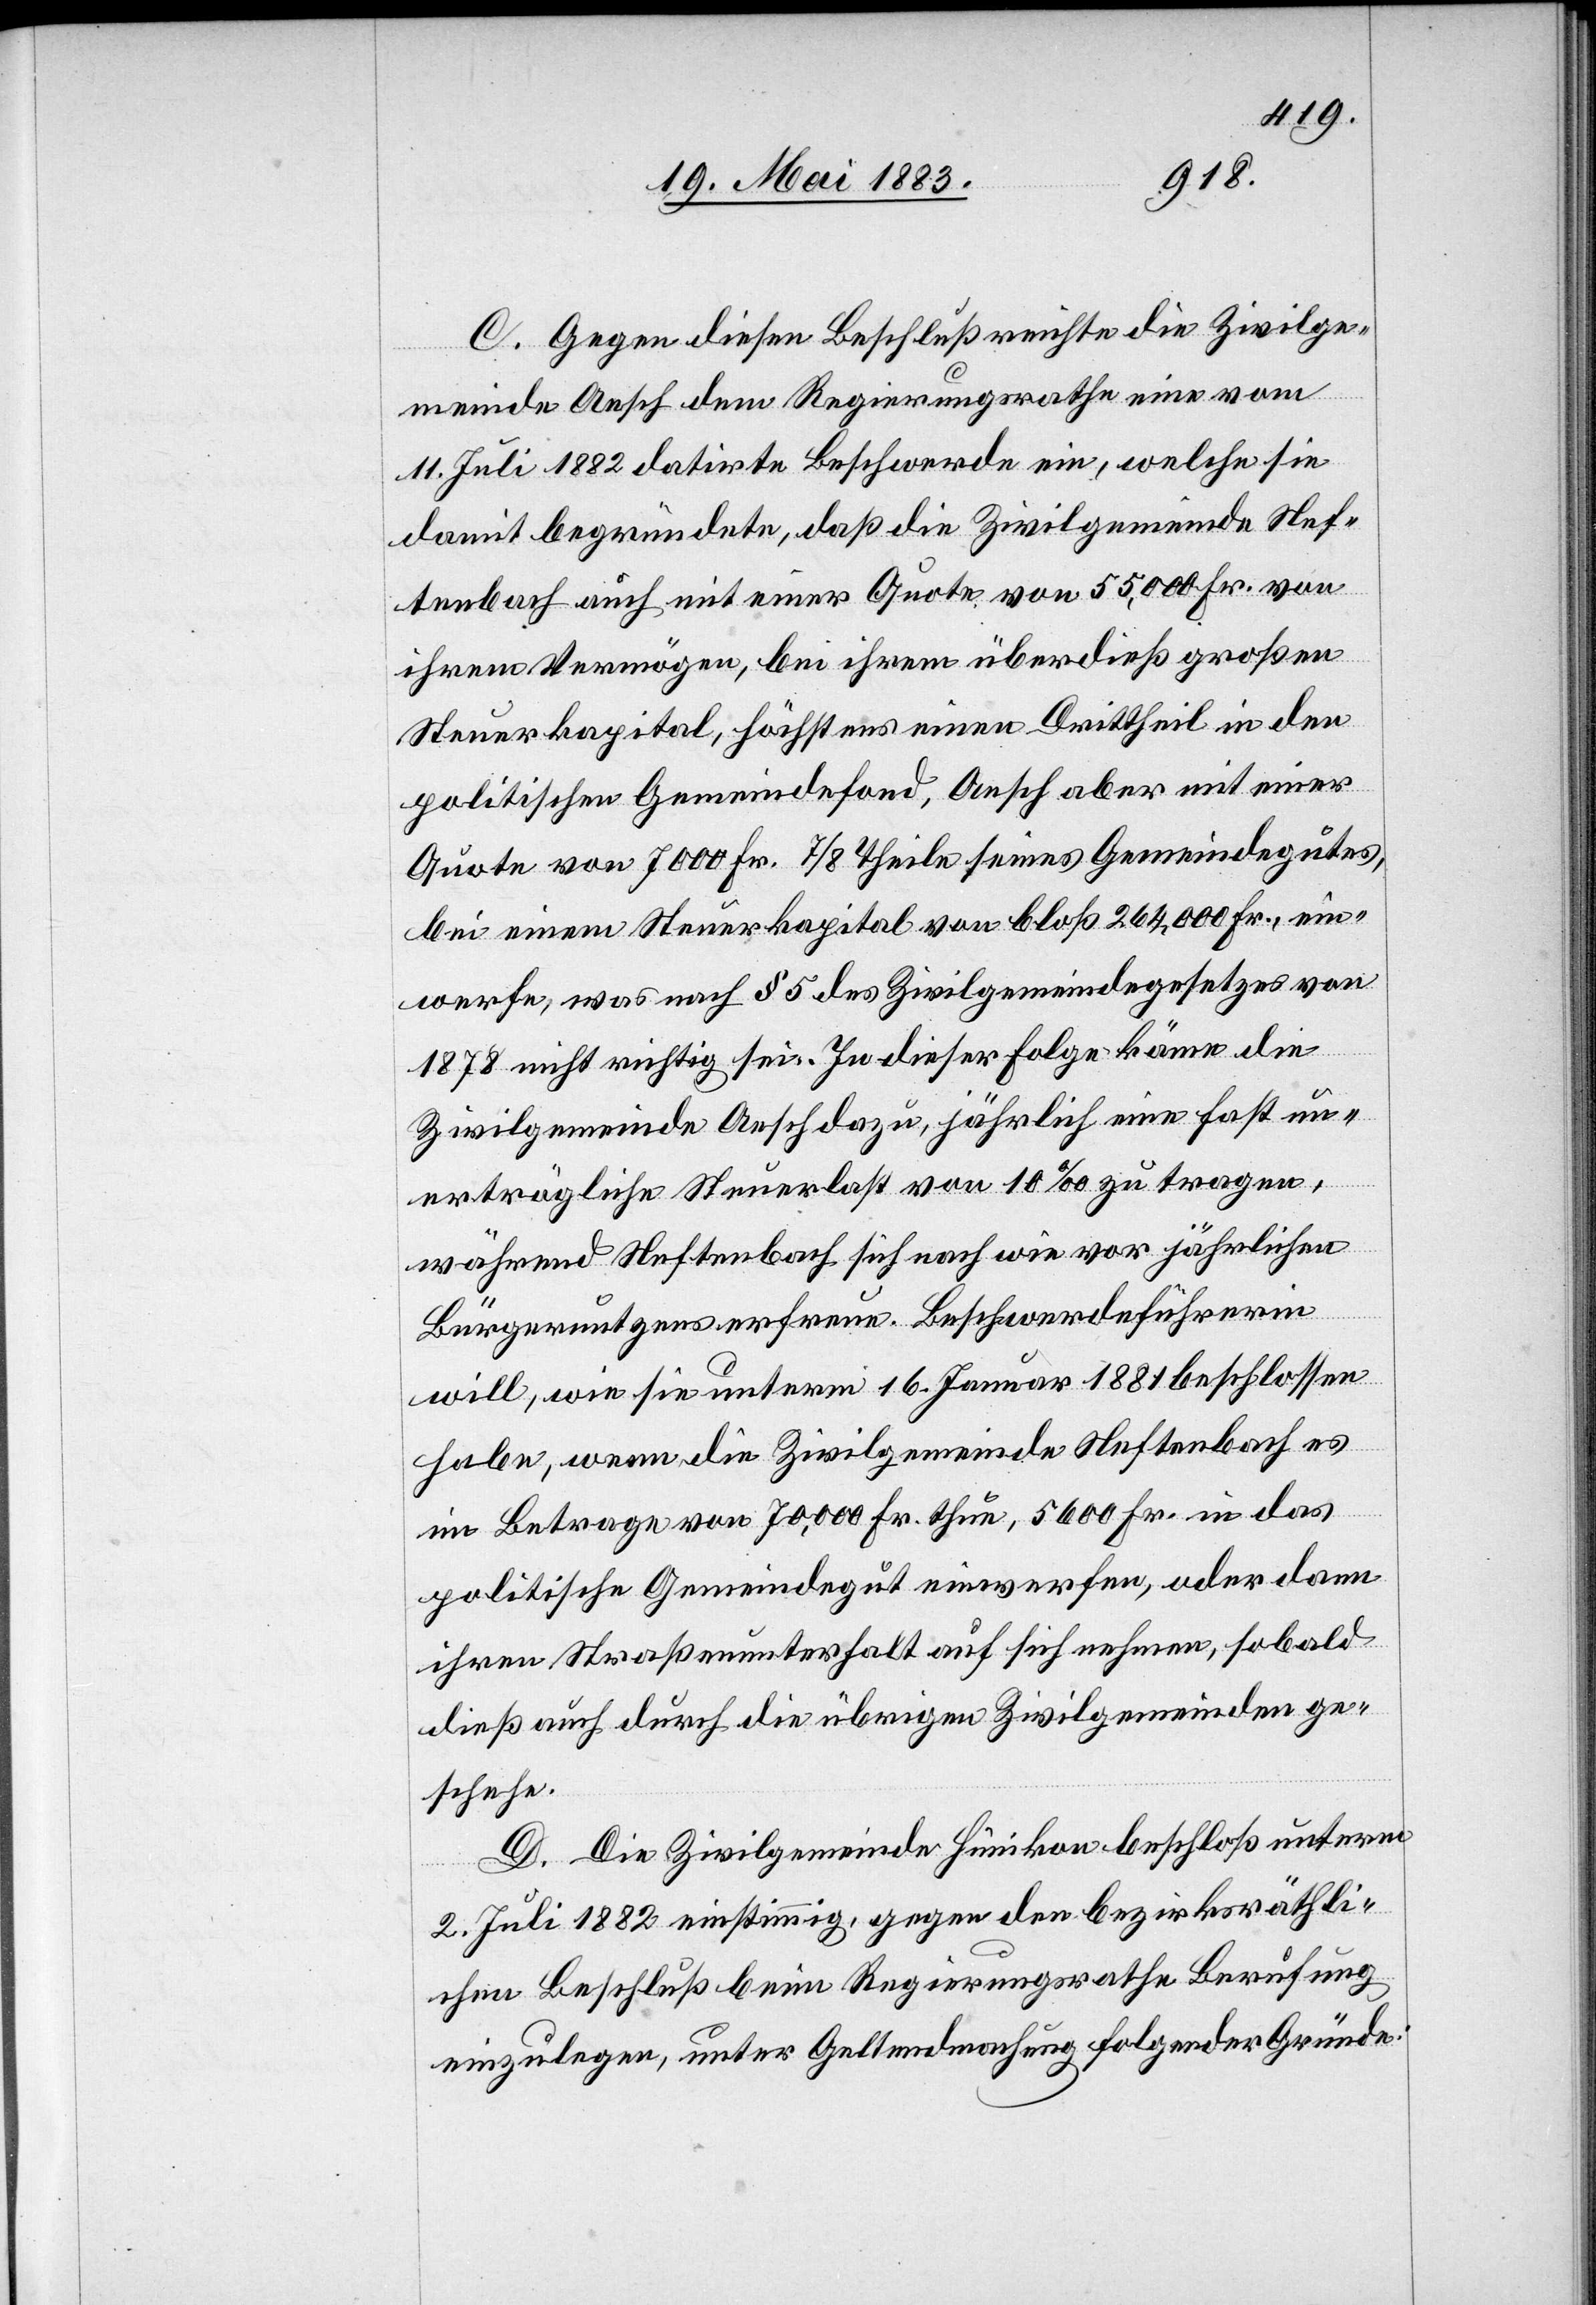
C. Gegen diesen Beschluß reichte die Zivilge¬
meinde Aesch dem Regierungsrath eine vom
11. Juli 1882 datirte Beschwerde ein, welche sie
damit begründete, daß die Zivilgemeinde Nef¬
tenbach auch mit einer Quote von 55,000 Fr. von
ihrem Vermögen, bei ihrem überdieß großen
Steuerkapital, höchstens einen Drittheil in den
politischen Gemeindefond, Aesch aber mit einer
Quote von 7000 Fr. 7/8 Theile seines Gemeindegutes,
bei einem Steuerkapital von bloß 264,000 Fr., ein¬
werfe, was nach § 5 des Zivilgemeindegesetzes von
1878 nicht richtig sei. in dieser Folge käme die
Zivilgemeinde Aesch dazu, jährlich eine fast un¬
erträgliche Steuerlast von 10‰ zu tragen,
während Neftenbach sich nach wie vor jährlichen
Bürgernutzens erfreue. [Die] Beschwerdeführerin
will, wie sie unterm 16. Januar 1881 beschlossen
habe, wenn die Zivilgemeinde Neftenbach es
im Betrage von 70,000 Fr. thue, 5600 Fr. in das
politische Gemeindegut einwerfen, oder dann
ihren Straßenunterhalt auf sich nehmen, sobald
dieß auch durch die übrigen Zivilgemeinden ge¬
schehe.
D. Die Zivilgemeinde Hünikon beschloß unterm
2. Juli 1882 einstimmig, gegen den bezirksräthli¬
chen Beschluß beim Regierungsrathe Berufung
einzulegen, unter Geltendmachung folgender Gründe: